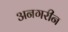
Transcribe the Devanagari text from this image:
अनगरीन